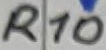
Text: R10